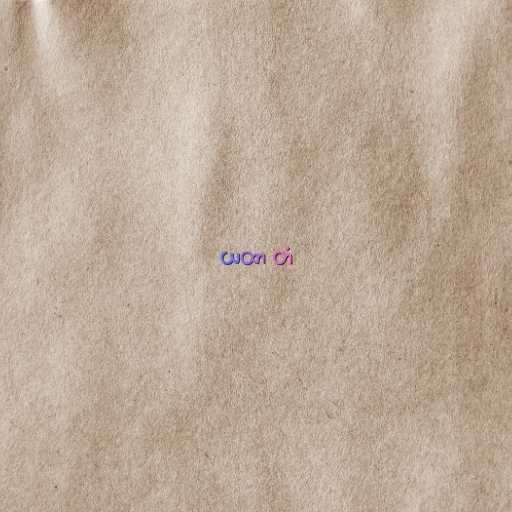
ယထာ တံ